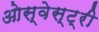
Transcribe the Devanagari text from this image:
ओस्वेस्ट्री